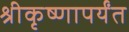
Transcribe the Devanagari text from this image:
श्रीकृष्णापर्यंत